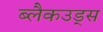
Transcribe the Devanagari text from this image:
ब्लैकउड्स